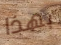
بهذا